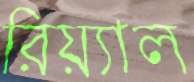
রিয়্যাল